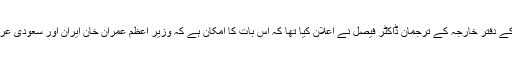
تین روز قبل پاکستان کے دفتر خارجہ کے ترجمان ڈاکٹر فیصل نے اعلان کیا تھا کہ اس بات کا امکان ہے کہ وزیر اعظم عمران خان ایران اور سعودی عرب کا دورہ کریں گے۔